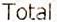
TOTAL